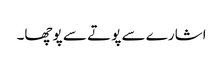
اشارے سے پوتے سے پوچھا۔